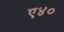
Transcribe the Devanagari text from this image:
ए४०